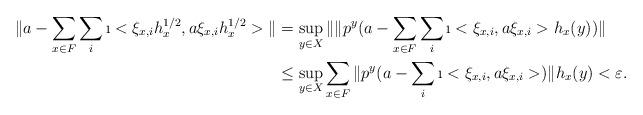
LaTeX: \begin{align*} \| a - \sum_{x \in F} \sum_i \i< \xi_{x,i}h_x^{1/2}, a\xi_{x,i} h_x^{1/2}> \| &=\sup_{y \in X} \| \| p^y ( a - \sum_{x \in F} \sum_i \i< \xi_{x,i}, a \xi_{x,i} > h_x (y) ) \| \\ &\leq \sup_{y \in X} \sum_{x \in F} \| p^y ( a - \sum_i \i< \xi_{x,i}, a \xi_{x,i} > ) \| h_x (y) < \varepsilon.\end{align*}